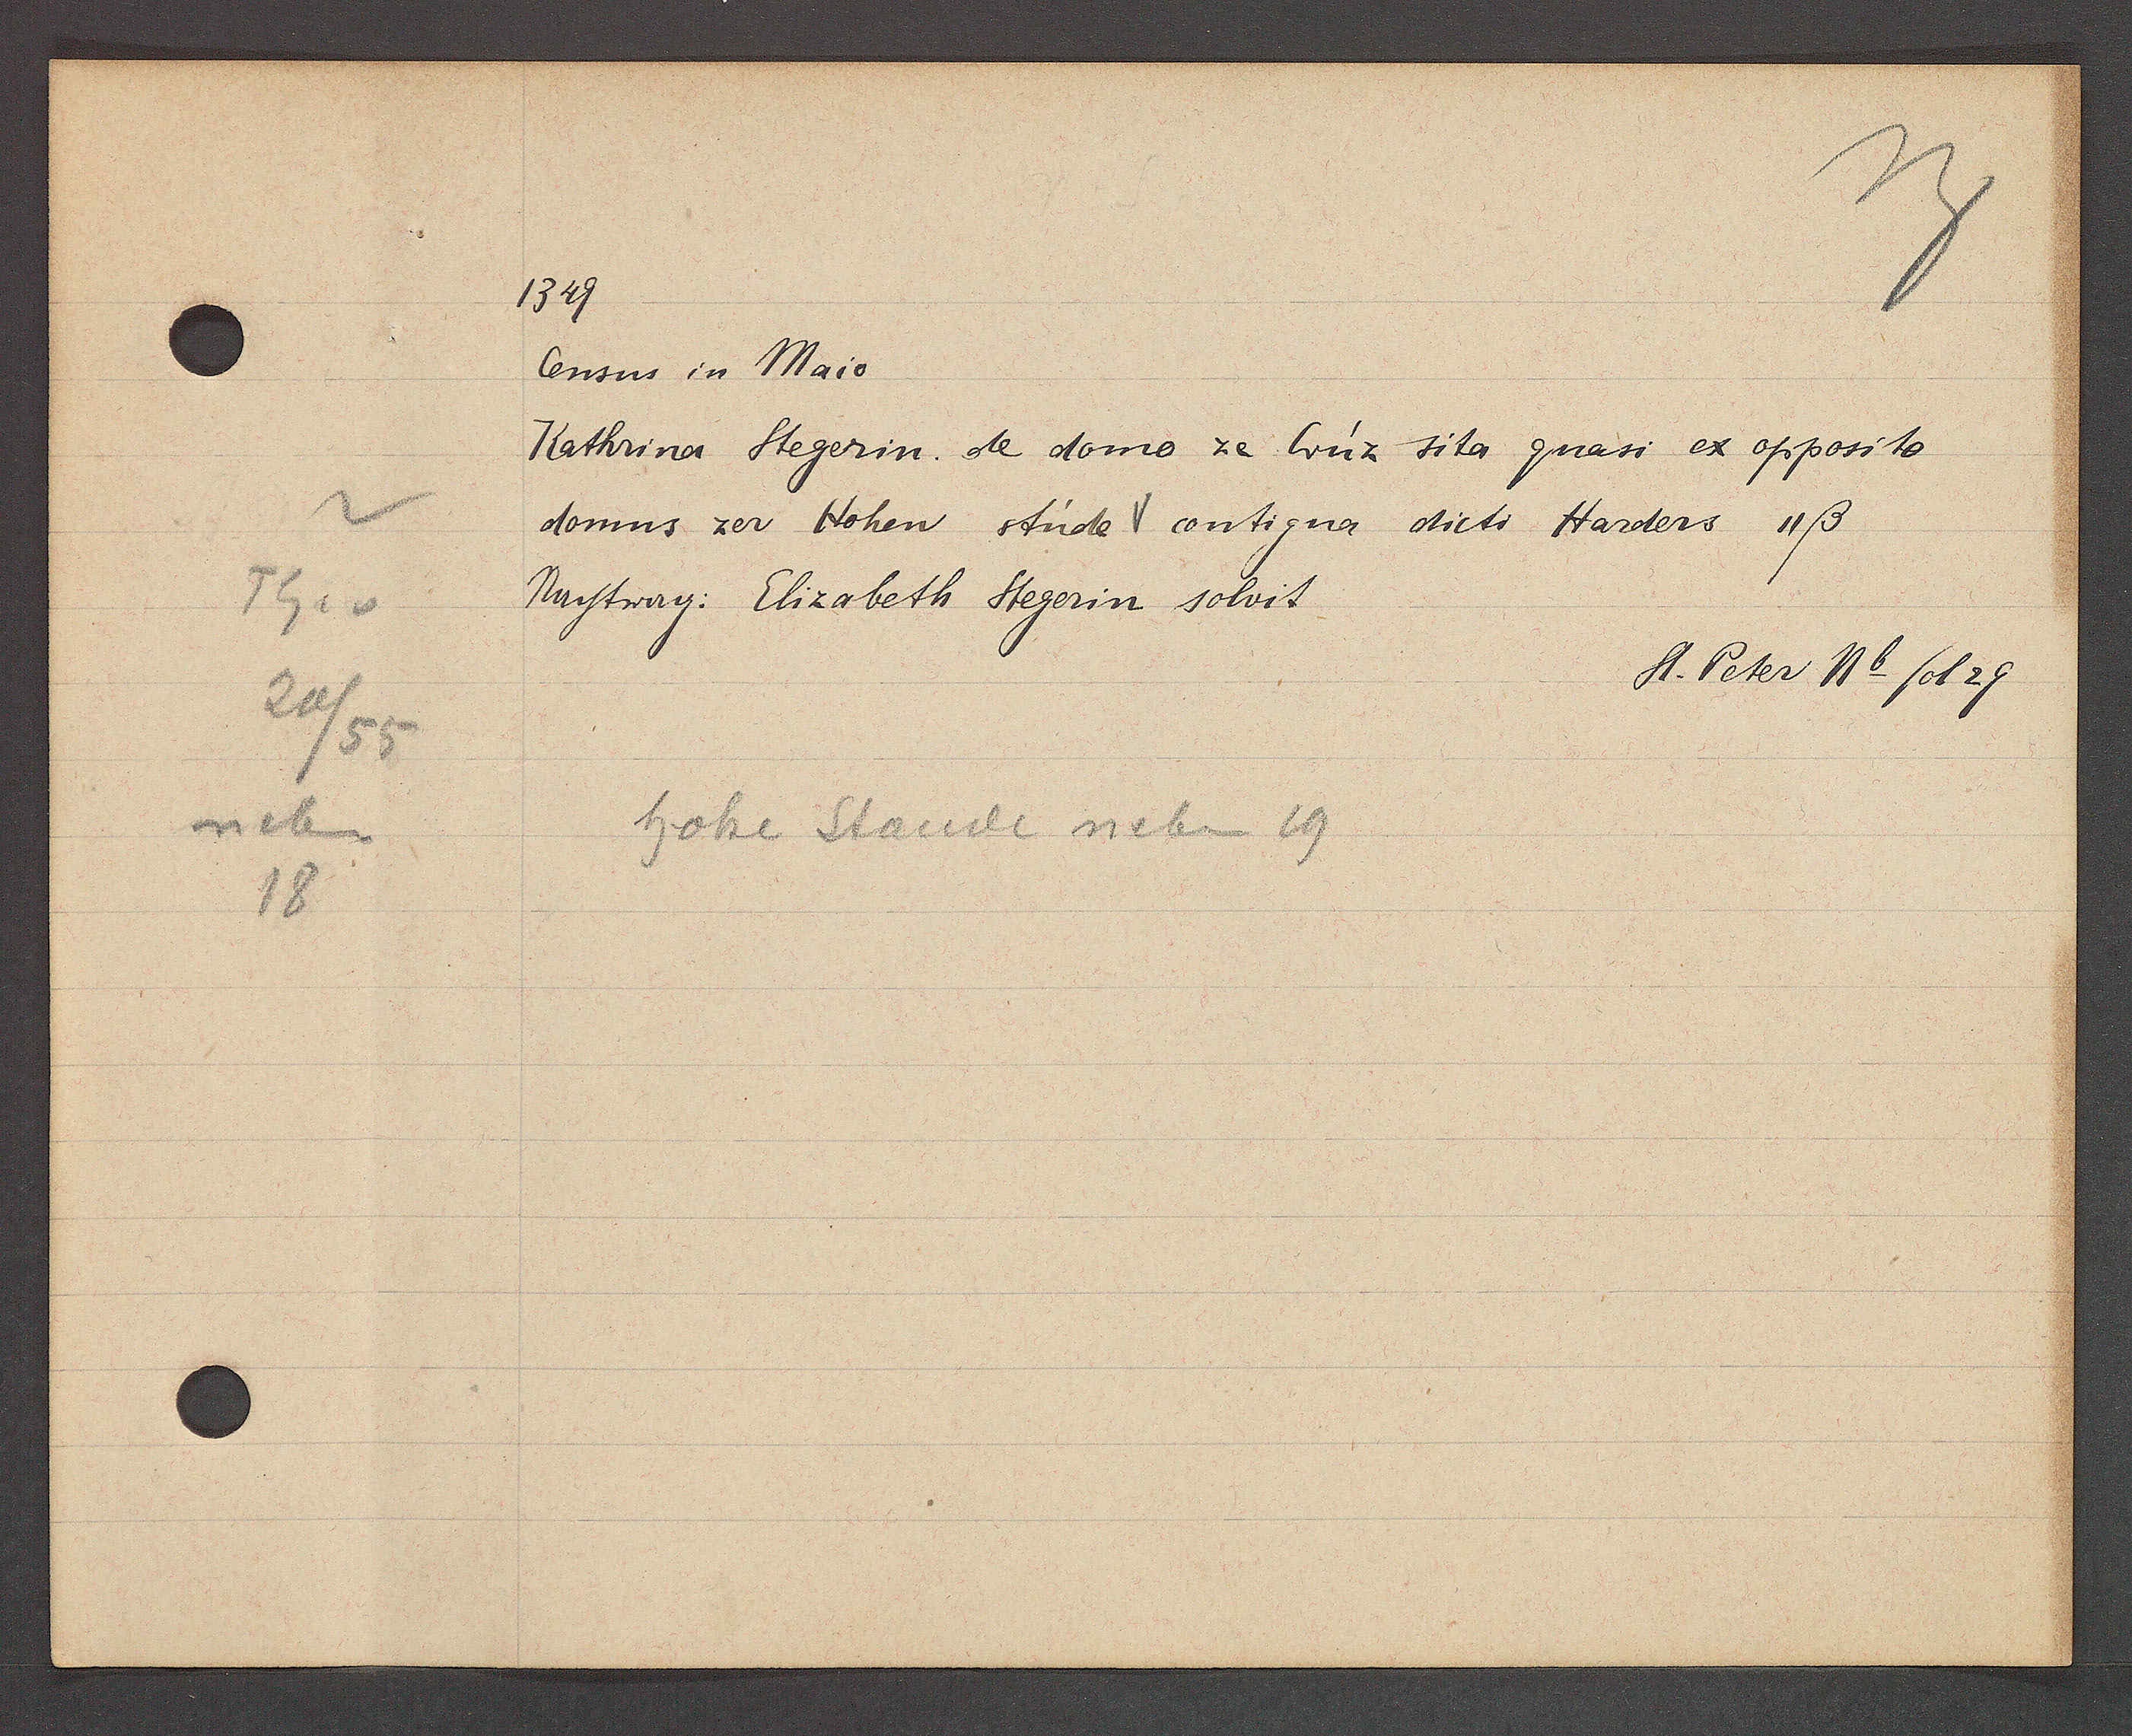
Transcript:
Th. v
20/55
neben
18

1349

Census in Maio.
Kathrina Stegerin. de domo ze Cruz sita quasi ex opposito
domus zer Hohen stude contigua dicti Harders 11 ß
Nachtrag: Elizabeth Stegerin solvit.

hohe Staude neben 19

St. Peter N 6 fol 29.